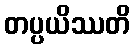
တပ္ပယိဿတိ